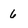
Character: 6